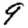
Digit: 9